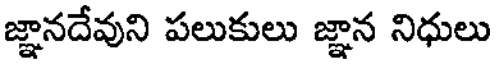
జ్ఞానదేవుని పలుకులు జ్ఞాన నిధులు